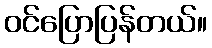
ဝင်ပြောပြန်တယ်။